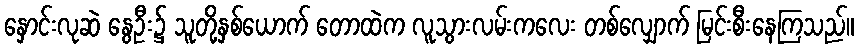
နှောင်းလုဆဲ နွေဦး၌ သူတို့နှစ်ယောက် တောထဲက လူသွားလမ်းကလေး တစ်လျှောက် မြင်းစီးနေကြသည်။